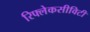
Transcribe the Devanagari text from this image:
रिफ्लेकसीविटी